Report on plague and inoculation in the Punjab from October 1st ... to September 30th..., being the ... season of plague in the province
Disease focus: Plague
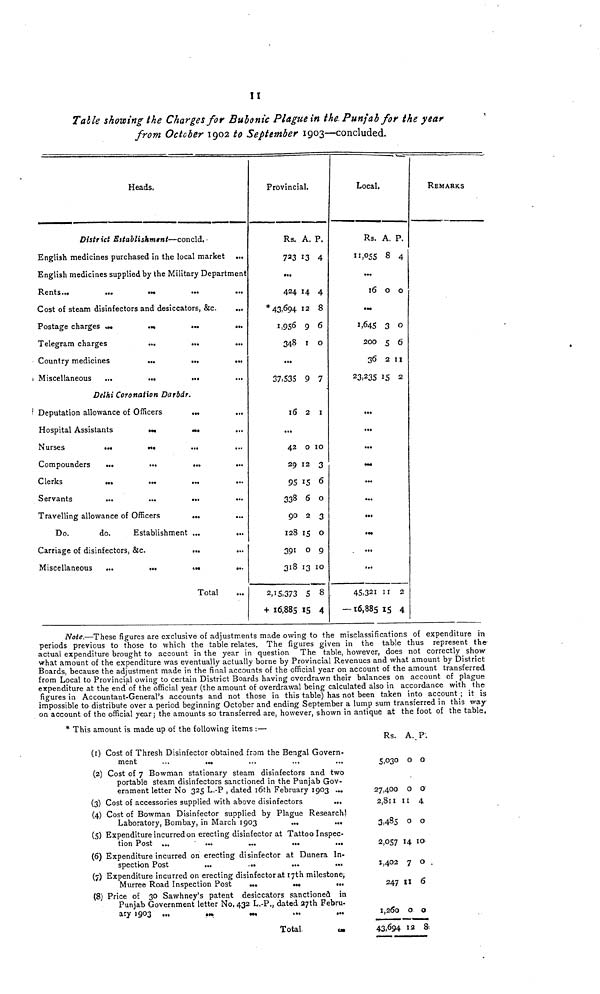
11
Table showing the Charges for Bubonic Plague in the. Punjab for the year
from October 1902 to September 1903—concluded.
Heads.
District Establishment—concld.
English medicines purchased in the local market ...
English medicines supplied by the Military Department
Rents ...
...
...
Cost of steam disinfectors and desiccators, &c.
Postage charges ...
Telegram charges
Country medicines
Miscellaneous ...
...
...
...
...
...
...
...
...
Delhi Coronation Darbdr.
Deputation allowance of Officers
Hospital Assistants
Nurses
...
Compounders ...
Clerks
Servants
...
...
...
...
...
...
Travelling allowance of Officers
Do.
do. Establishment
Carriage of disinfectors, &c.
Miscellaneous ...
...
...
...
...
...
...
...
...
...
...
...
Total
...
...
...
...
...
...
...
...
...
...
...
...
...
...
...
...
...
Provincial.
Rs.
723
...
424
* 43,694
1,956
348
...
37,535
16
...
42
29
95
338
90
128
391
318
2,15,373
+ 16,885
A.
13
14
12
9
1
9
2
0
12
15
6
2
15
0
13
5
15
P.
4
4
8
6
0
7
1
10
3
6
0
3
0
9
10
8
4
Local.
Rs.
11,055
...
16
...
1,645
200
36
23,235
...
...
...
...
...
...
...
...
...
...
45,321
- 16,885
A.
8
0
3
5
2
15
11
15
P.
4
0
0
6
11
2
2
4
REMARKS
Note.—These figures are exclusive of adjustments made owing to the misclassifications of expenditure in
periods previous to those to which the table relates. The figures given in the table thus represent the
actual expenditure brought to account in the year in question The table, however, does not correctly show
what amount of the expenditure was eventually actually borne by Provincial Revenues and what amount by District
Boards, because the adjustment made in the final accounts of the official year on account of the amount transferred
from Local to Provincial owing to certain District Boards having overdrawn their balances on account of plague
expenditure at the end of the official year (the amount of overdrawal being calculated also in accordance with the
figures in Accountant-General's accounts and not those in this table) has not been taken into account ; it is
impossible to distribute over a period beginning October and ending September a lump sum transferred in this way
on account of the official year; the amounts so transferred are, however, shown in antique at the foot of the table.
* This amount is made up of the following items :—
(1) Cost of Thresh Disinfector obtained from the Bengal Govern-
ment
...
... ...
(2) Cost of 7 Bowman stationary steam disinfectors and two
portable steam disinfectors sanctioned in the Punjab Gov-
ernment letter No 325 L.-P , dated 16th February 1903 ...
(3) Cost of accessories supplied with above disinfectors
...
(4) Cost of Bowman Disinfector supplied by Plague Research
Laboratory, Bombay, in March 1903
...
...
(5) Expenditure incurred on erecting disinfector at Tattoo Inspec-
tion Post ...
...
...
...
...
(6) Expenditure incurred on erecting disinfector at Dunera In-
spection Post
...
...
...
...
(7) Expenditure incurred on erecting disinfector at 17th milestone,
Murree Road Inspection Post
...
...
...
(8) Price of 30 Sawhney's patent desiccators sanctioned in
Punjab Government letter No. 432 L.-P., dated 27th Febru-
ary 1903 ...
...
...
...
...
Total
...
Rs.
5,030
27,400
2,811
3,485
2,057
1,402
247
1,200
43,694
A.
0
0
1
0
14
7
11
0
12
P.
0
0
4
0
10
0
6
0
8